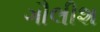
ગૌલીશ